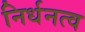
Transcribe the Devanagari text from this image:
निर्धनत्व